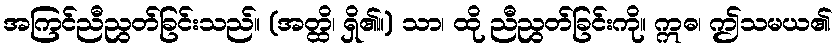
အကြင်ညီညွတ်ခြင်းသည်။ (အတ္ထိ၊ ရှိ၏။) သာ၊ ထို ညီညွတ်ခြင်းကို။ ဣဓ၊ ဤသမယ၏